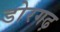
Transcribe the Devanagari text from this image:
डोरगढ़